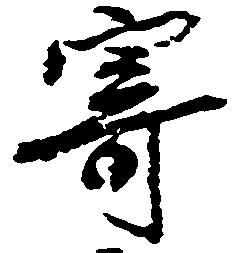
寄